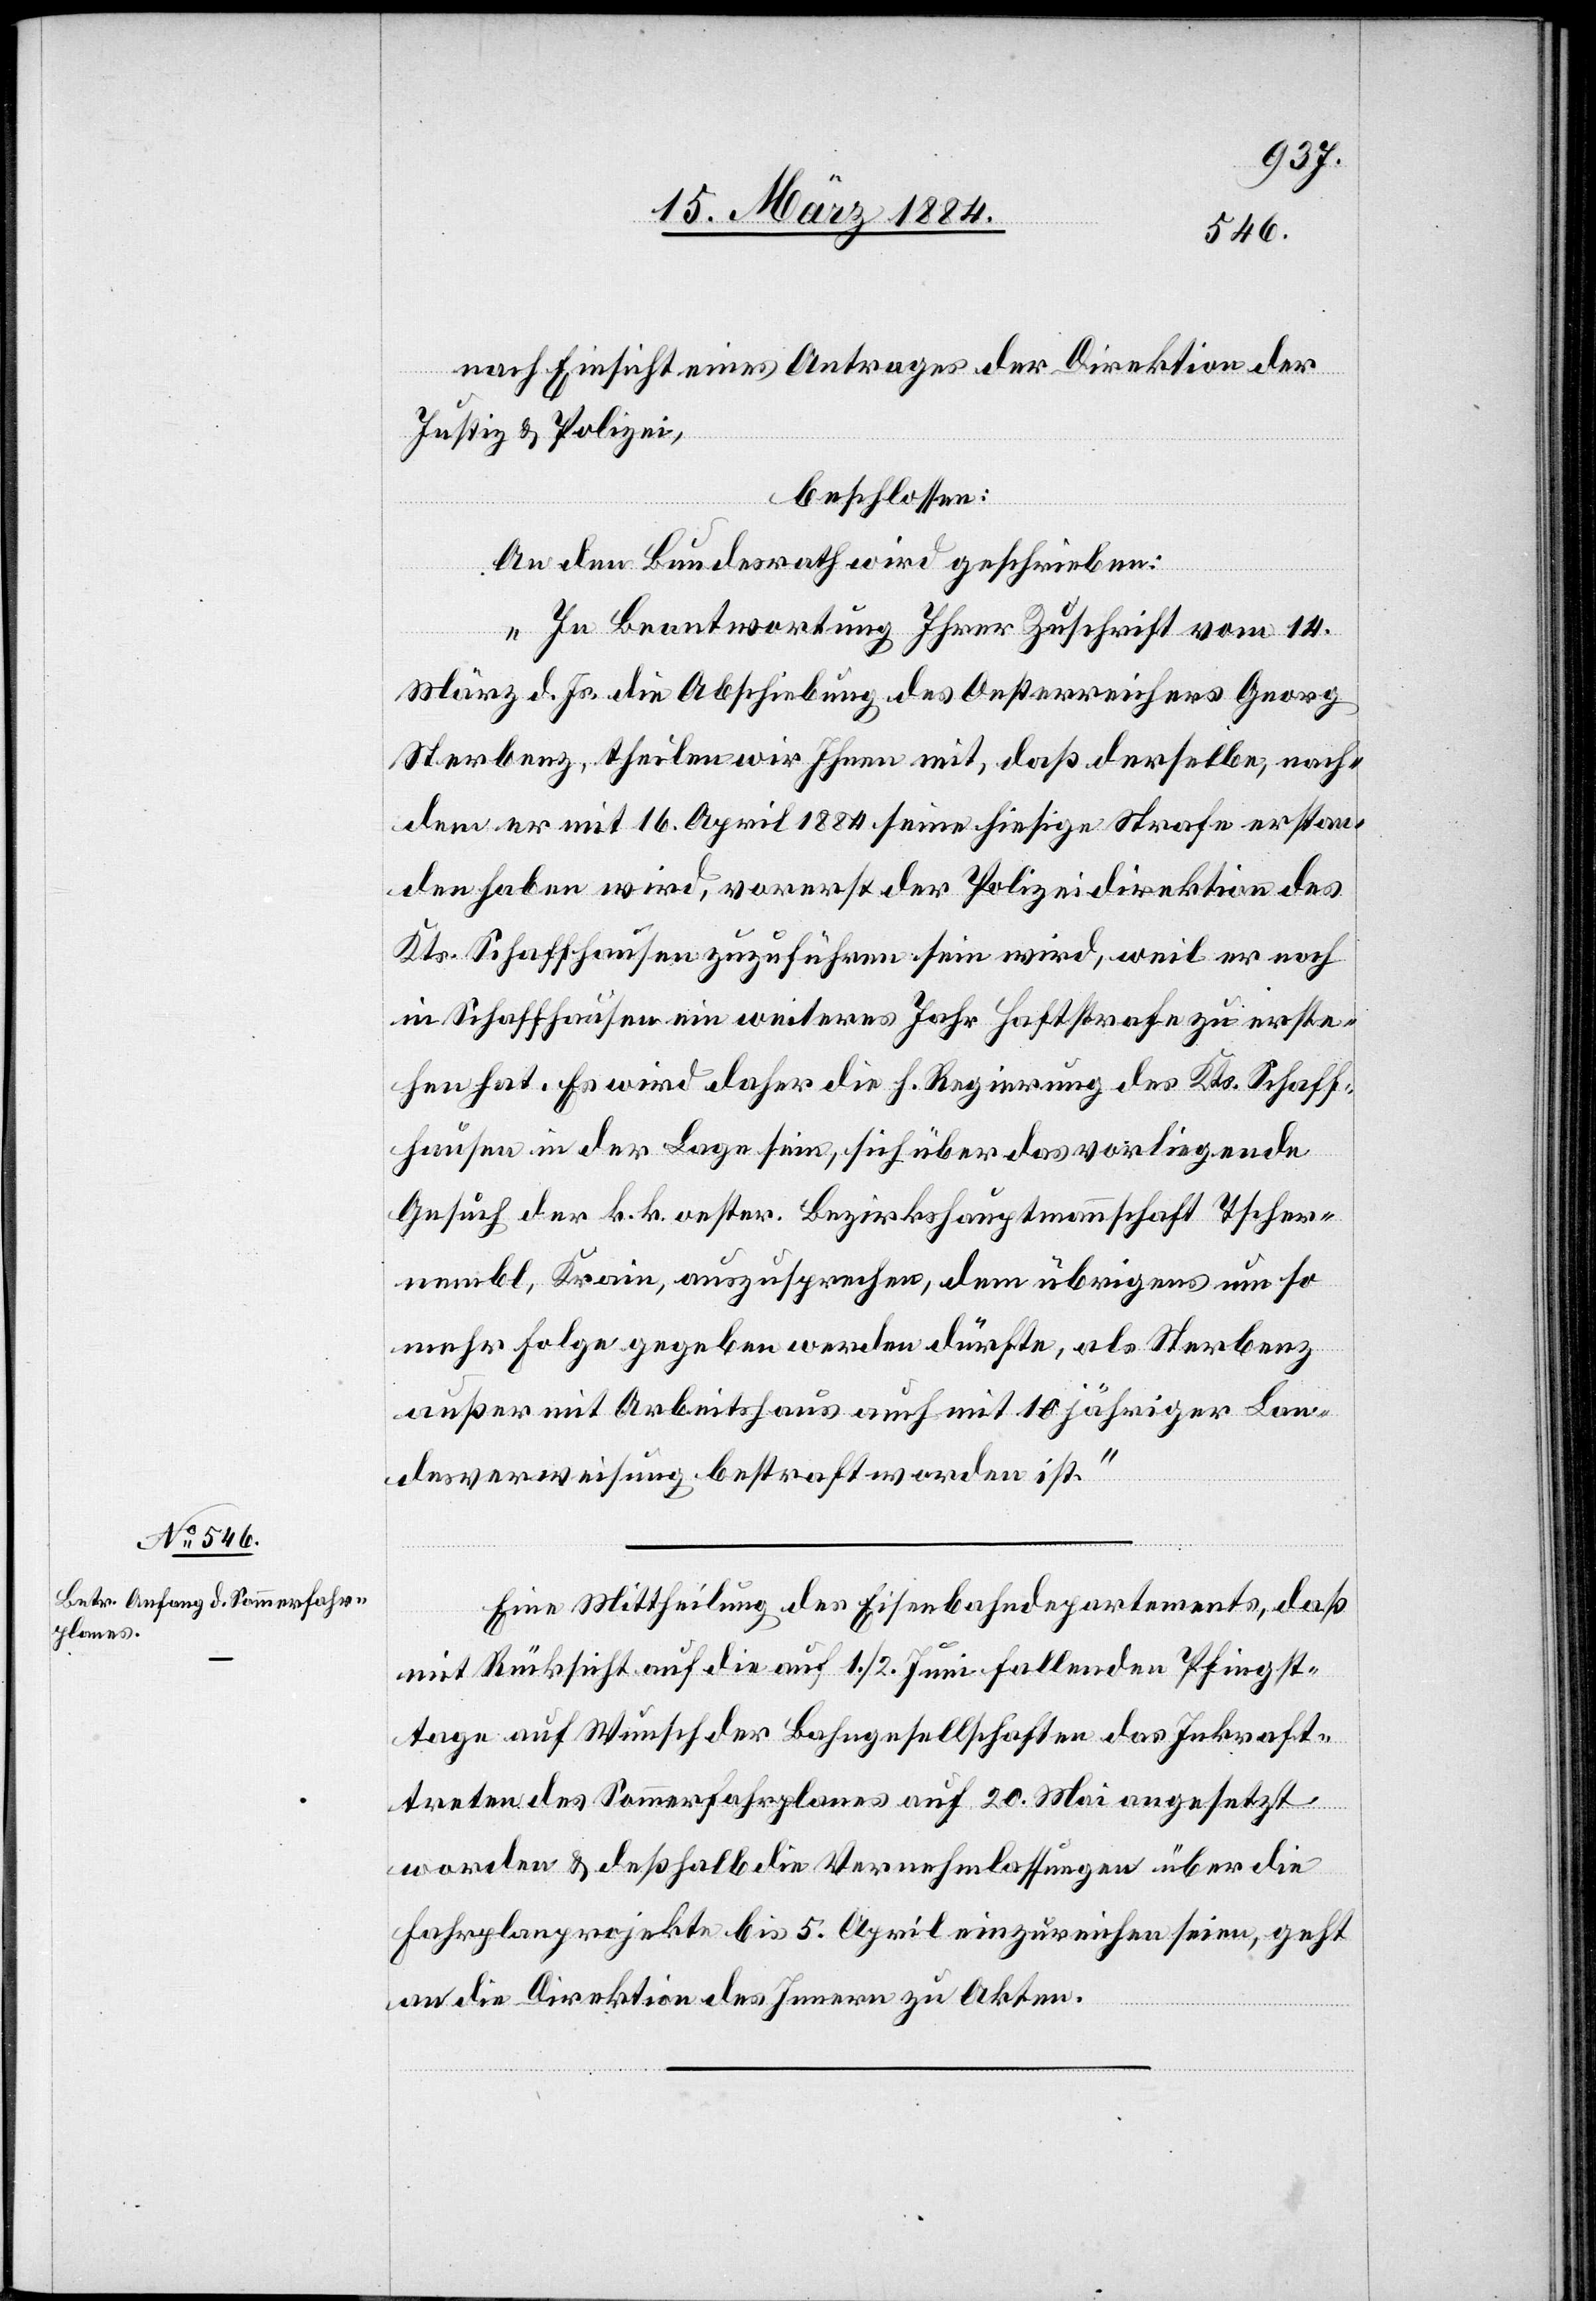
18. März 1884.]
nach Einsicht eines Antrages der Direktion der
Justiz & Polizei,
beschlossen:
An den Bundesrath wird geschrieben:
„In Beantwortung Ihrer Zuschrift vom 14.
Sterbenz, theilen wir Ihnen mit, daß derselbe, nach¬
dem er mit 16. April 1884 seine hiesige Strafe erstan¬
den haben wird, vorerst der Polizeidirektion des
Kts. Schaffhausen zuzuführen sein wird, weil er noch
in Schaffhausen ein weiteres Jahr Haftstrafe zu erste¬
hen hat. Es wird daher die h. Regierung des Kts. Schaff¬
hausen in der Lage sein, sich über das vorliegende
Gesuch der k. k. oester. Bezirkshauptmannschaft Tscher¬
nembl, Krain, auszusprechen, dem übrigens um so
mehr Folge gegeben werden dürfte, als Sterbenz
außer mit Arbeitshaus auch mit 10jähriger Lan¬
desverweisung bestraft worden ist.“
Eine Mittheilung des Eisenbahndepartements, daß
mit Rücksicht auf die auf 1./2. Juni fallenden Pfingst¬
tage auf Wunsch der Bahngesellschaften das Inkraft¬
treten des Sommerfahrplanes auf 20. Mai angesetzt
worden & deßhalb die Vernehmlassungen über die
Fahrplanprojekte bis 5. April einzureichen seien, geht
an die Direktion des Innern zu Akten.